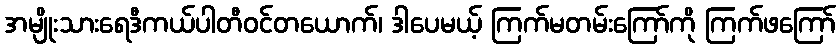
အမျိုးသားရေဒီကယ်ပါတီဝင်တယောက်၊ ဒါပေမယ့် ကြက်မတမ်းကြော်ကို ကြက်ဖကြော်